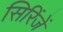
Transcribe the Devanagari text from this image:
सिरिंजें